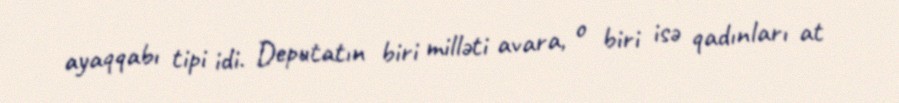
ayaqqabı tipi idi. Deputatın biri milləti avara, o biri isə qadınları at